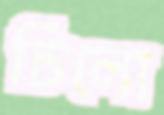
চিলো